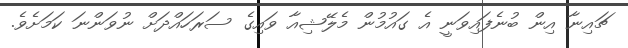
ޗައިނާ އިން ބުނެފައިވަނީ އެ ގައުމުން މެލޭޝިއާ ވައިގެ ސަރަހައްދަށް ނުވަންނަ ކަމަށެވެ.